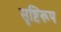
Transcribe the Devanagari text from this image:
सृष्टिरूप